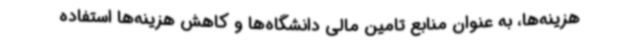
هزینه‌ها، به عنوان منابع تامین مالی دانشگاه‌ها و کاهش هزینه‌ها استفاده